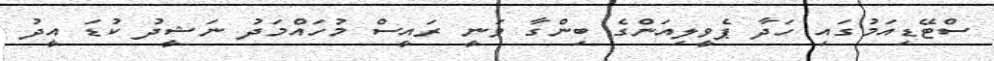
ސްޓޭޑިއަމުގައި ހަދާ ޕެވީލިއަންގެ ބިންގާ ވަނީ ރައީސް މުހައްމަދު ނަޝީދު ކުޑަ އީދު